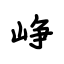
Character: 峥